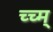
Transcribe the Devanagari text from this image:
च्च्म्